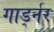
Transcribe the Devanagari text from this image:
गार्ड्नर